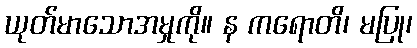
ယုတ်မာသောအမှုကို။ န ကရောတိ၊ မပြု၊